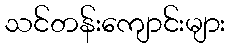
သင်တန်းကျောင်းများ